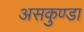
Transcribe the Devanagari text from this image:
असकुण्डा